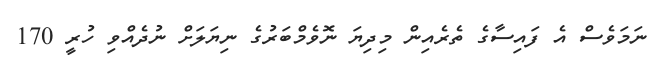
ނަމަވެސް އެ ފައިސާގެ ތެރެއިން މިދިޔަ ނޮވެމްބަރުގެ ނިޔަލަށް ނުދެއްވި ހުރީ 170